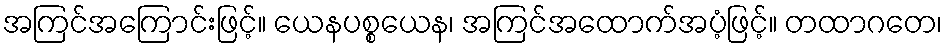
အကြင်အကြောင်းဖြင့်။ ယေနပစ္စယေန၊ အကြင်အထောက်အပံ့ဖြင့်။ တထာဂတေ၊